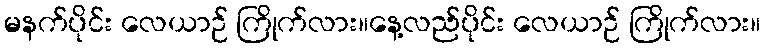
မနက်ပိုင်း လေယာဉ် ကြိုက်လား။နေ့လည်ပိုင်း လေယာဉ် ကြိုက်လား။